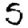
Digit: 5